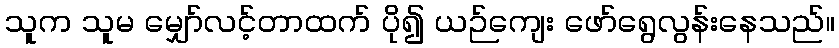
သူက သူမ မျှော်လင့်တာထက် ပို၍ ယဉ်ကျေး ဖော်ရွေလွန်းနေသည်။